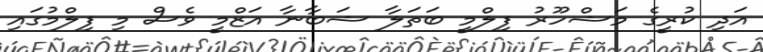
އަދި ކުރީގެ މަޝްހޫރު ފިލްމީ ބަތަލާ ޝަބާނާ އަޒްމީ ވެސް މި ފިލްމުގައި